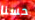
حسنا